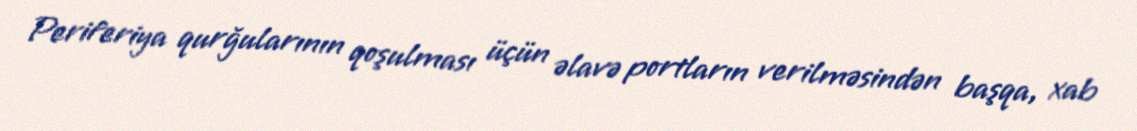
Periferiya qurğularının qoşulması üçün əlavə portların verilməsindən başqa, xab